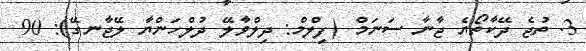
3. ތުޖެ ދޭކާތޯޔެ ޖާނާ ސަނަމް (ފިލްމް: ދިލްވާލޭ ދުލްހަންޔާ ލޭޖާނގޭ): 90